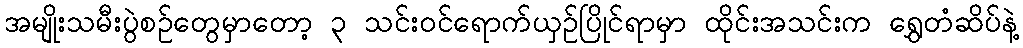
အမျိုးသမီးပွဲစဉ်တွေမှာတော့ ၃ သင်းဝင်ရောက်ယှဉ်ပြိုင်ရာမှာ ထိုင်းအသင်းက ရွှေတံဆိပ်နဲ့